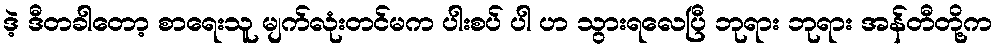
ဒဲ့ ဒီတခါတော့ စာရေးသူ မျက်လုံးတင်မက ပါးစပ် ပါ ဟ သွားရလေပြီ ဘုရား ဘုရား အန်တီတို့က